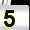
Digit: 5